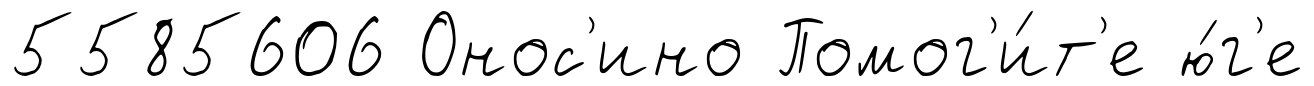
5585606 Онос'ино Помог'и́т'е ю́г'е